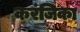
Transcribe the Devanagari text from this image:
करंजिका